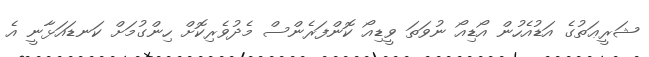
ޝަރީޢަތުގެ އަޑުއެހުން އޯޑިއޯ ނުވަތަ ވީޑިއޯ ކޮންފަރެންސް މެދުވެރިކޮށް ހިންގުމަށް ކަނޑައަޅާނީ އެ